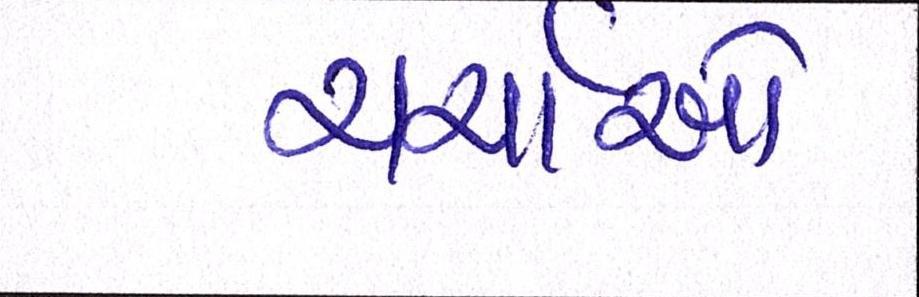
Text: ચર્ચાઓ